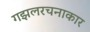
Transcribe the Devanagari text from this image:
गझलरचनाकार